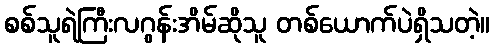
စစ်သူရဲကြီးလဂွန်းအိမ်ဆိုသူ တစ်ယောက်ပဲရှိသတဲ့။